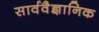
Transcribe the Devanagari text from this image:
सार्ववैज्ञानिक